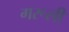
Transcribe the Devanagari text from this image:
गरूली